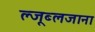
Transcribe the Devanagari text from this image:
ल्जूब्लजाना